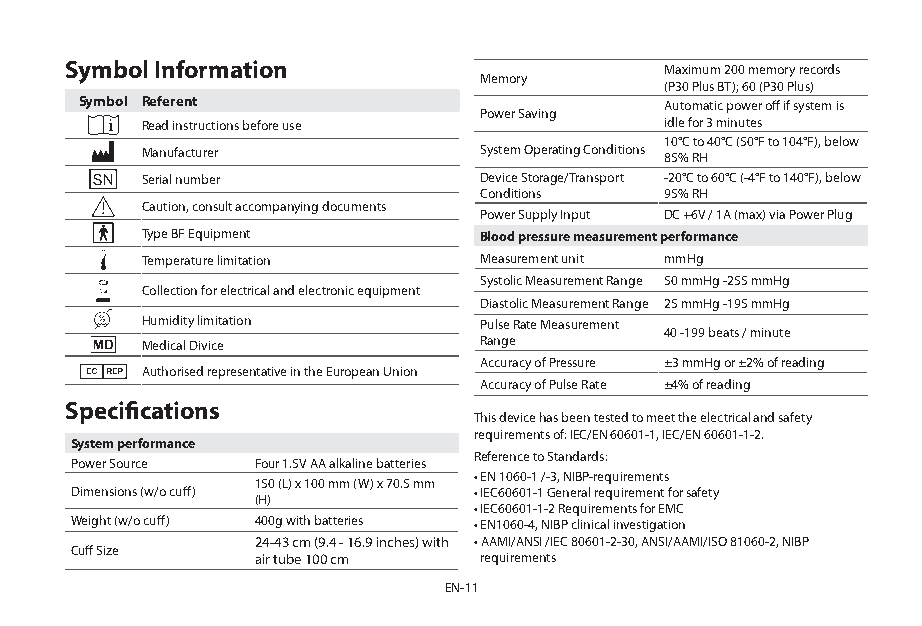
Symbol Information                      Maximum 200 memory records
 Memory
 (P30 Plus BT); 60 (P30 Plus)
 Symbol Referent                        Automatic power off if system is
 Power Saving
 Read instructions before use       idle for 3 minutes
 10°C to 40°C (50°F to 104°F), below
 Manufacturer           System Operating Conditions 85% RH
 Serial number          Device Storage/Transport -20°C to 60°C (-4°F to 140°F), below
 Conditions  95% RH
 Caution, consult accompanying documents
 Power Supply Input DC +6V / 1A (max) via Power Plug
 Type BF Equipment      Blood pressure measurement performance
 Temperature limitation Measurement unit mmHg
 Systolic Measurement Range 50 mmHg -255 mmHg
 Collection for electrical and electronic equipment
 Diastolic Measurement Range 25 mmHg -195 mmHg
 Humidity limitation    Pulse Rate Measurement
 40 -199 beats / minute
 Medical Divice         Range
 Accuracy of Pressure ±3 mmHg or ±2% of reading
 Authorised representative in the European Union
 Accuracy of Pulse Rate ±4% of reading
 Specifications
 This device has been tested to meet the electrical and safety
 requirements of: IEC/EN 60601-1, IEC/EN 60601-1-2.
 System performance
 Reference to Standards:
 Power Source Four 1.5V AA alkaline batteries
 • EN 1060-1 /-3, NIBP-requirements
 150 (L) x 100 mm (W) x 70.5 mm
 Dimensions (w/o cuff)     • IEC60601-1 General requirement for safety
 (H)
 • IEC60601-1-2 Requirements for EMC
 Weight (w/o cuff) 400g with batteries • EN1060-4, NIBP clinical investigation
 24-43 cm (9.4 - 16.9 inches) with • AAMI/ANSI /IEC 80601-2-30, ANSI/AAMI/ISO 81060-2, NIBP
 Cuff Size
 air tube 100 cm requirements
 EN-11